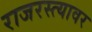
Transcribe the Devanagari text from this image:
राजरस्त्यावर